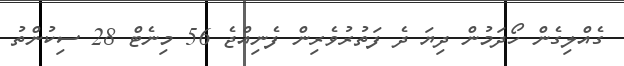
ގެއްލިގެން ހޯދަމުން ދިޔަ ދެ ފަތުރުވެރިން ފެނިއްޖެ 56 މިނެޓް 28 ސިކުންތު